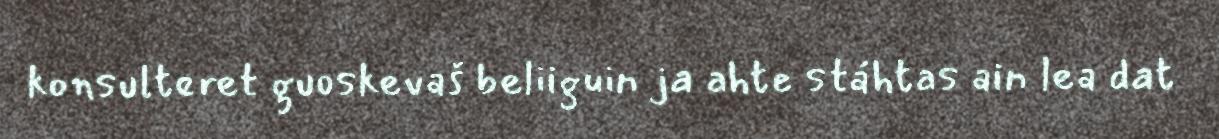
konsulteret guoskevaš beliiguin ja ahte stáhtas ain lea dat